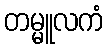
တမ္မူလကံ